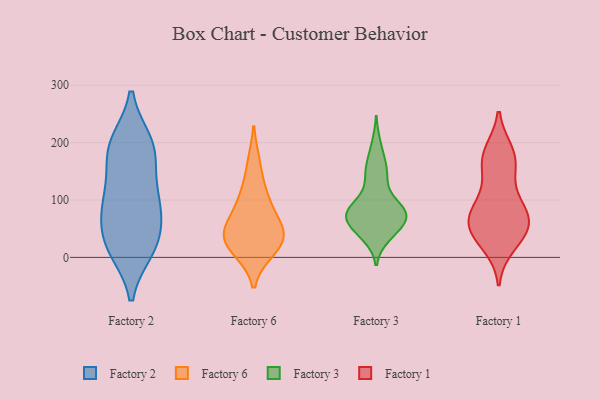
{"axis": {"x": "Humidity (%)", "y": "Value"}, "legend": ["Factory 1", "Factory 2", "Factory 3", "Factory 6"], "data": [{"x": "", "y": 28, "type": "Factory 2"}, {"x": "", "y": 14, "type": "Factory 2"}, {"x": "", "y": 91, "type": "Factory 2"}, {"x": "", "y": 110, "type": "Factory 2"}, {"x": "", "y": 198, "type": "Factory 2"}, {"x": "", "y": 15, "type": "Factory 2"}, {"x": "", "y": 182, "type": "Factory 2"}, {"x": "", "y": 200, "type": "Factory 2"}, {"x": "", "y": 195, "type": "Factory 2"}, {"x": "", "y": 61, "type": "Factory 2"}, {"x": "", "y": 84, "type": "Factory 2"}, {"x": "", "y": 97, "type": "Factory 2"}, {"x": "", "y": 22, "type": "Factory 2"}, {"x": "", "y": 154, "type": "Factory 2"}, {"x": "", "y": 110, "type": "Factory 6"}, {"x": "", "y": 43, "type": "Factory 6"}, {"x": "", "y": 99, "type": "Factory 6"}, {"x": "", "y": 164, "type": "Factory 6"}, {"x": "", "y": 36, "type": "Factory 6"}, {"x": "", "y": 12, "type": "Factory 6"}, {"x": "", "y": 50, "type": "Factory 6"}, {"x": "", "y": 32, "type": "Factory 6"}, {"x": "", "y": 14, "type": "Factory 6"}, {"x": "", "y": 65, "type": "Factory 6"}, {"x": "", "y": 159, "type": "Factory 3"}, {"x": "", "y": 47, "type": "Factory 3"}, {"x": "", "y": 71, "type": "Factory 3"}, {"x": "", "y": 74, "type": "Factory 3"}, {"x": "", "y": 141, "type": "Factory 3"}, {"x": "", "y": 36, "type": "Factory 3"}, {"x": "", "y": 74, "type": "Factory 3"}, {"x": "", "y": 98, "type": "Factory 3"}, {"x": "", "y": 197, "type": "Factory 3"}, {"x": "", "y": 126, "type": "Factory 3"}, {"x": "", "y": 81, "type": "Factory 3"}, {"x": "", "y": 52, "type": "Factory 3"}, {"x": "", "y": 70, "type": "Factory 3"}, {"x": "", "y": 78, "type": "Factory 3"}, {"x": "", "y": 41, "type": "Factory 3"}, {"x": "", "y": 161, "type": "Factory 3"}, {"x": "", "y": 78, "type": "Factory 3"}, {"x": "", "y": 83, "type": "Factory 3"}, {"x": "", "y": 171, "type": "Factory 1"}, {"x": "", "y": 58, "type": "Factory 1"}, {"x": "", "y": 182, "type": "Factory 1"}, {"x": "", "y": 55, "type": "Factory 1"}, {"x": "", "y": 23, "type": "Factory 1"}, {"x": "", "y": 64, "type": "Factory 1"}, {"x": "", "y": 41, "type": "Factory 1"}, {"x": "", "y": 96, "type": "Factory 1"}, {"x": "", "y": 45, "type": "Factory 1"}, {"x": "", "y": 79, "type": "Factory 1"}, {"x": "", "y": 92, "type": "Factory 1"}, {"x": "", "y": 172, "type": "Factory 1"}, {"x": "", "y": 158, "type": "Factory 1"}]}